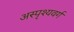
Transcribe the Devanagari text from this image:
अस्पृश्यवर्ग